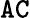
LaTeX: \mathtt{AC}